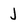
Character: J